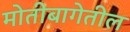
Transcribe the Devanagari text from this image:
मोतीबागेतील